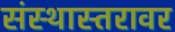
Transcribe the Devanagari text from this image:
संस्थास्तरावर